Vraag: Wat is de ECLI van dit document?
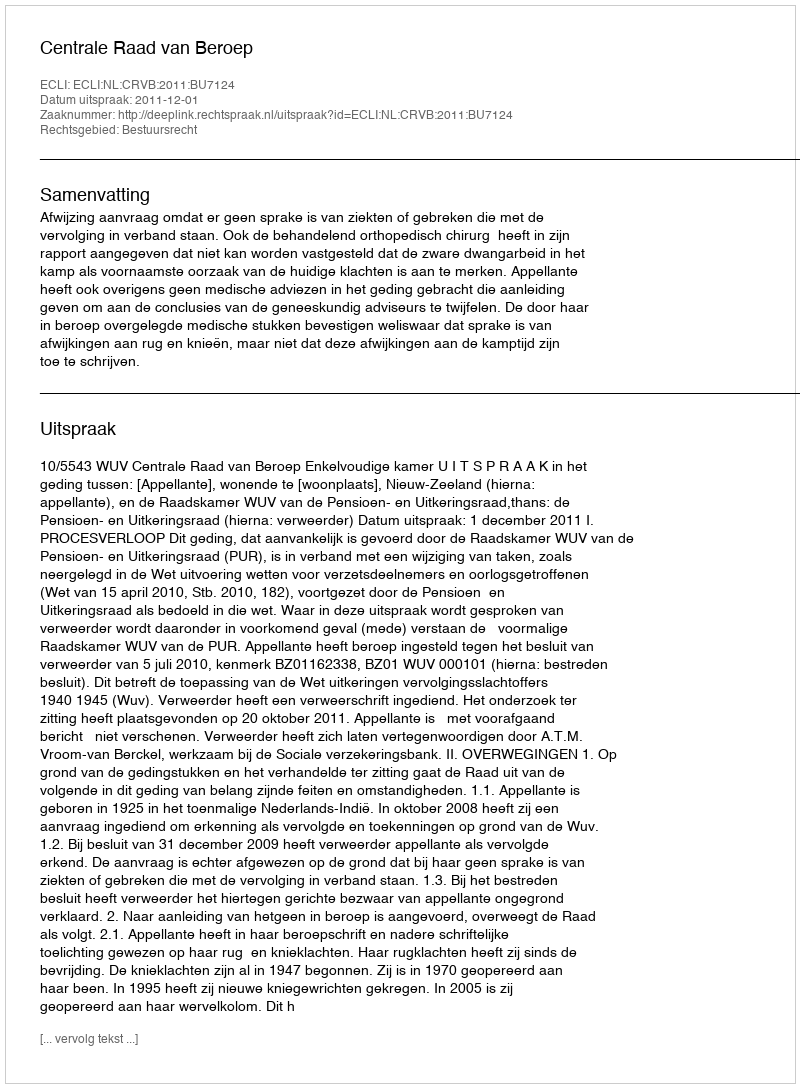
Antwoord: ECLI:NL:CRVB:2011:BU7124